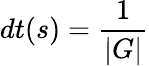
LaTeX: dt(s)={\frac{1}{|G|}}